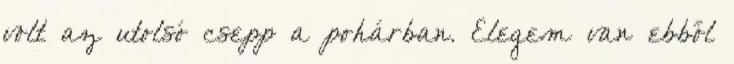
volt az utolsó csepp a pohárban. Elegem van ebből